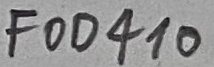
Text: FOD410